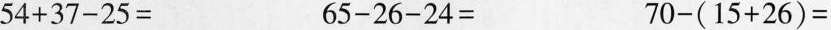
$$5 4 + 3 7 - 2 5 =$$ $$ 6 5 - 2 6 - 2 4 =$$ $$ 7 0 - ( 1 5 + 2 6 ) =$$